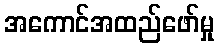
အကောင်အထည်ဖော်မှု